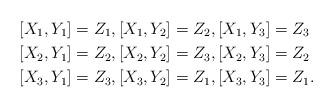
LaTeX: \begin{align*}\left[ X_{1},Y_{1}\right] & =Z_{1},\left[ X_{1},Y_{2}\right]=Z_{2},\left[ X_{1},Y_{3}\right] =Z_{3}\\\left[ X_{2},Y_{1}\right] & =Z_{2},\left[ X_{2},Y_{2}\right]=Z_{3},\left[ X_{2},Y_{3}\right] =Z_{2}\\\left[ X_{3},Y_{1}\right] & =Z_{3},\left[ X_{3},Y_{2}\right]=Z_{1},\left[ X_{3},Y_{3}\right] =Z_{1}.\end{align*}